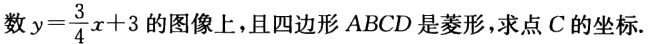
数\(y = \frac{3}{4}x + 3\)的图像上，且四边形\(ABCD\)是菱形，求点\(C\)的坐标.